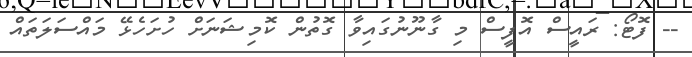
-- ފޮޓޯ: ރައީސް އޮފީސް މި ގާނޫނުގައިވާ ގޮތުން ކޮމިޝަނަށް ހުށަހެޅޭ މައްސަލަތައް